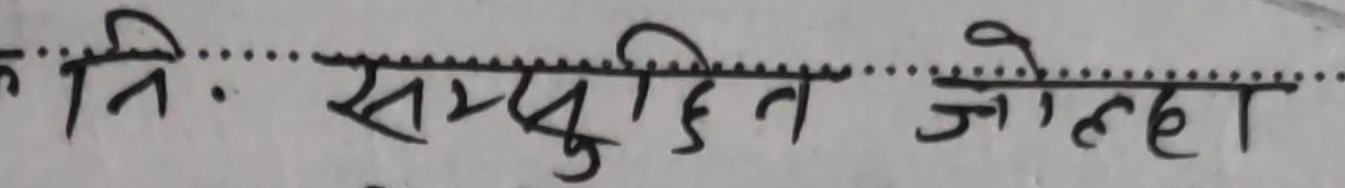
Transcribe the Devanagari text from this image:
क नि. सम्पुदित जोहेद